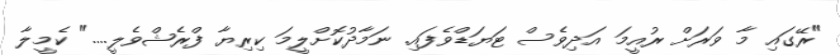
"ރޭގައި މާ ވަރަށް ރުއީމަ އަދިވެސް ޓަޔަޑްވެފައި. ނަމާދުކޮށްލީމަ ކިރިޔާ ފްރެޝްވެލީ...." ކެމީލާ